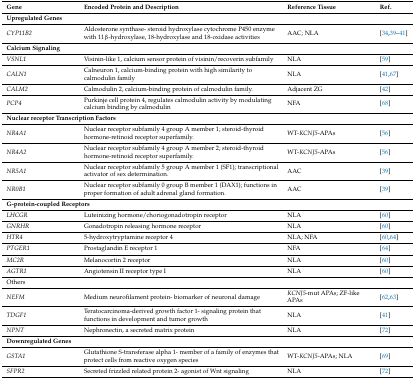
<table><thead><tr><td><b>Gene</b></td><td><b>Encoded Protein and Description</b></td><td><b>Reference Tissue</b></td><td><b>Ref.</b></td></tr></thead><tbody><tr><td colspan="4"><b>Upregulated Genes</b></td></tr><tr><td><i>CYP11B2</i></td><td>Aldosterone synthase- steroid hydroxylase cytochrome P450 enzyme with 11β-hydroxylase, 18-hydroxylase and 18-oxidase activities</td><td>AAC; NLA</td><td>[34,39,40,41]</td></tr><tr><td colspan="4"><b>Calcium Signaling</b></td></tr><tr><td><i>VSNL1</i></td><td>Visinin-like 1, calcium sensor protein of visinin/recoverin subfamily</td><td>NLA</td><td>[59]</td></tr><tr><td><i>CALN1</i></td><td>Calneuron 1, calcium-binding protein with high similarity to calmodulin family</td><td>NLA</td><td>[41,67]</td></tr><tr><td><i>CALM2</i></td><td>Calmodulin 2, calcium-binding protein of calmodulin family.</td><td>Adjacent ZG</td><td>[42]</td></tr><tr><td><i>PCP4</i></td><td>Purkinje cell protein 4, regulates calmodulin activity by modulating calcium binding by calmodulin</td><td>NFA</td><td>[68]</td></tr><tr><td colspan="4"><b>Nuclear receptor Transcription Factors</b></td></tr><tr><td><i>NR4A1</i></td><td>Nuclear receptor subfamily 4 group A member 1; steroid-thyroid hormone-retinoid receptor superfamily. </td><td>WT-<i>KCNJ5</i>-APAs</td><td>[56]</td></tr><tr><td><i>NR4A2</i></td><td>Nuclear receptor subfamily 4 group A member 2; steroid-thyroid hormone-retinoid receptor superfamily.</td><td>WT-<i>KCNJ5</i>-APAs</td><td>[56]</td></tr><tr><td><i>NR5A1</i></td><td>Nuclear receptor subfamily 5 group A member 1 (SF1); transcriptional activator of sex determination.</td><td>AAC</td><td>[39]</td></tr><tr><td><i>NR0B1</i></td><td>Nuclear receptor subfamily 0 group B member 1 (DAX1); functions in proper formation of adult adrenal gland formation.</td><td>AAC</td><td>[39]</td></tr><tr><td colspan="4"><b>G-protein-coupled Receptors</b></td></tr><tr><td><i>LHCGR</i></td><td>Luteinizing hormone/choriogonadotropin receptor</td><td>NLA</td><td>[60]</td></tr><tr><td><i>GNRHR</i></td><td>Gonadotropin releasing hormone receptor</td><td>NLA</td><td>[60]</td></tr><tr><td><i>HTR4</i></td><td>5-hydroxytryptamine receptor 4</td><td>NLA; NFA</td><td>[60,64]</td></tr><tr><td><i>PTGER1</i></td><td>Prostaglandin E receptor 1</td><td>NFA</td><td>[64]</td></tr><tr><td><i>MC2R</i></td><td>Melanocortin 2 receptor</td><td>NLA</td><td>[60]</td></tr><tr><td><i>AGTR1</i></td><td>Angiotensin II receptor type I</td><td>NLA</td><td>[60]</td></tr><tr><td colspan="4">Others</td></tr><tr><td><i>NEFM</i></td><td>Medium neurofilament protein- biomarker of neuronal damage</td><td><i>KCNJ5</i>-mut APAs; ZF-like APAs</td><td>[62,63]</td></tr><tr><td><i>TDGF1</i></td><td>Teratocarcinoma-derived growth factor 1- signaling protein that functions in development and tumor growth</td><td>NLA</td><td>[41]</td></tr><tr><td><i>NPNT</i></td><td>Nephronectin, a secreted matrix protein</td><td>NLA</td><td>[72]</td></tr><tr><td colspan="4"><b>Downregulated Genes</b></td></tr><tr><td><i>GSTA1</i></td><td>Glutathione S-transferase alpha 1- member of a family of enzymes that protect cells from reactive oxygen species </td><td>WT-<i>KCNJ5</i>-APAs; NLA</td><td>[69]</td></tr><tr><td><i>SFPR2</i></td><td>Secreted frizzled related protein 2- agonist of Wnt signaling</td><td>NLA</td><td>[72]</td></tr></tbody></table>